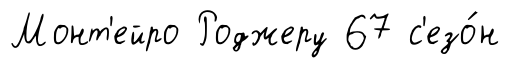
Монт'ейро Роджеру 67 с'езо́н